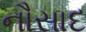
નૌસાદ